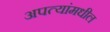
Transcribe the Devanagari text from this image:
अपत्यांमधील